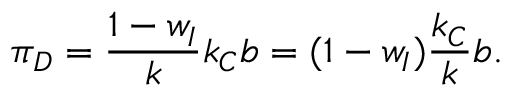
\pi _ { D } = \frac { 1 - w _ { I } } { k } k _ { C } b = ( 1 - w _ { I } ) \frac { k _ { C } } { k } b .